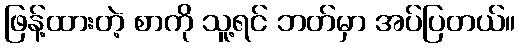
ဖြန့်ထားတဲ့ စာကို သူ့ရင် ဘတ်မှာ အပ်ပြတယ်။